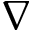
\nabla